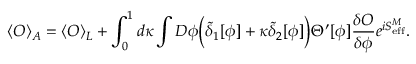
\langle { \cal O } \rangle _ { A } = \langle { \cal O } \rangle _ { L } + \int _ { 0 } ^ { 1 } d \kappa \int D \phi \biggl ( \tilde { \delta } _ { 1 } [ \phi ] + \kappa \tilde { \delta } _ { 2 } [ \phi ] \biggr ) \Theta ^ { \prime } [ \phi ] { \frac { \delta { \cal O } } { \delta \phi } } e ^ { i S _ { \mathrm { e f f } } ^ { M } } .